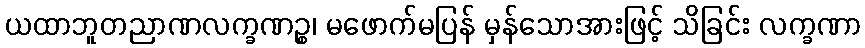
ယထာဘူတညာဏလက္ခဏဉ္စ၊ မဖောက်မပြန် မှန်သောအားဖြင့် သိခြင်း လက္ခဏာ